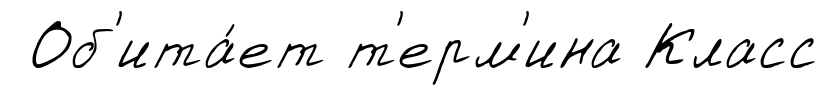
Об'ита́ет т'ерм'ина Класс